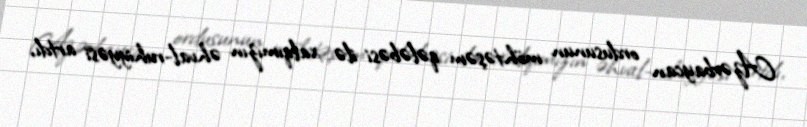
Azərbaycan ordusunun möhtəşəm qələbəsi ilə xalqımızın əhval-ruhiyyəsi artdı,